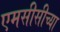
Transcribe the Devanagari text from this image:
एमसीसीच्या